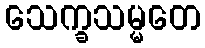
သေက္ခသမ္မတေ